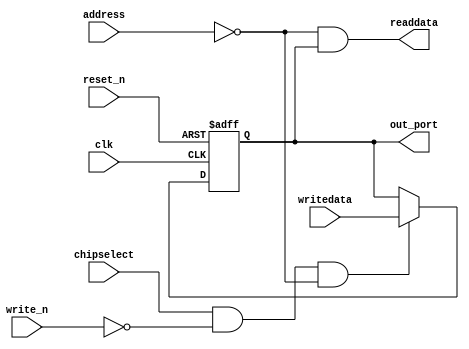
module pio_egmenable (
                        address,
                        chipselect,
                        clk,
                        reset_n,
                        write_n,
                        writedata,
                        out_port,
                        readdata
                     )
;
  output           out_port;
  output           readdata;
  input   [  1: 0] address;
  input            chipselect;
  input            clk;
  input            reset_n;
  input            write_n;
  input            writedata;
  wire             clk_en;
  reg              data_out;
  wire             out_port;
  wire             read_mux_out;
  wire             readdata;
  assign clk_en = 1;
  assign read_mux_out = {1 {(address == 0)}} & data_out;
  always @(posedge clk or negedge reset_n)
    begin
      if (reset_n == 0)
          data_out <= 0;
      else if (chipselect && ~write_n && (address == 0))
          data_out <= writedata;
    end
  assign readdata = read_mux_out;
  assign out_port = data_out;
endmodule